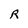
Character: R